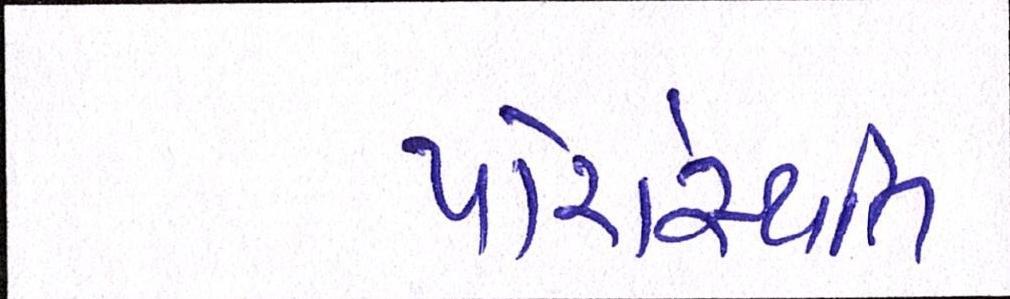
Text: પરિસ્થિતિ